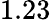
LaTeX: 1.23